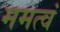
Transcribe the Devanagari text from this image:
ममत्वं